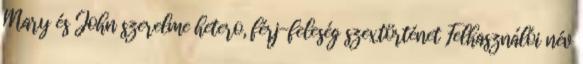
Mary és John szerelme hetero, férj-feleség szextörténet Felhasználói név